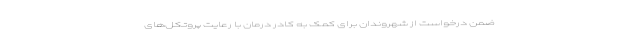
ضمن درخواست از شهروندان برای کمک به کادر درمان با رعایت پروتکل‌های